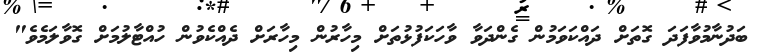
ބަދުނާމުވާފަދަ ގޮތަށް ދައްކަވަމުން ގެންދަވާ ވާހަކަފުޅުތަށް މިހާރުން މިހާރަށް ދެއްކެވުން ހުއްޓާލުމަށް ގޮވާލަމެވެ"